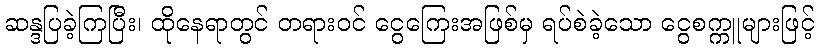
ဆန္ဒပြခဲ့ကြပြီး၊ ထိုနေရာတွင် တရားဝင် ငွေကြေးအဖြစ်မှ ရပ်စဲခဲ့သော ငွေစက္ကူများဖြင့်